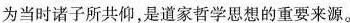
为当时诸子所共仰,是道家哲学思想的重要来源。